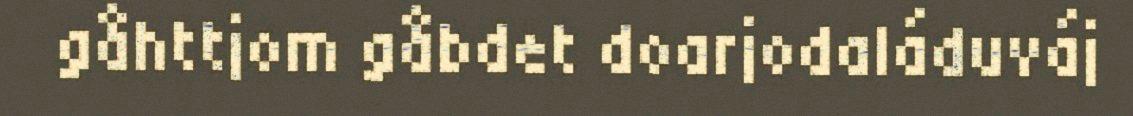
gåhttjom gåbdet doarjodaláduváj